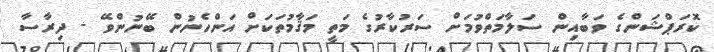
ކޮރަޕްޝަންގެ ވަބާއިން ސަލާމަތްވުމަށް ސަރުކާރުގެ މަތީ މަޤާމުތަކަށް އަންހެނުން ބޭނުންވޭ - ދިރާސާ